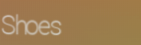
Shoes